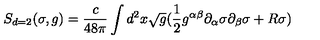
S _ { d = 2 } ( \sigma , g ) = \frac { c } { 4 8 \pi } \int d ^ { 2 } x \sqrt { g } ( \frac { 1 } { 2 } g ^ { \alpha \beta } \partial _ { \alpha } \sigma \partial _ { \beta } \sigma + R \sigma )